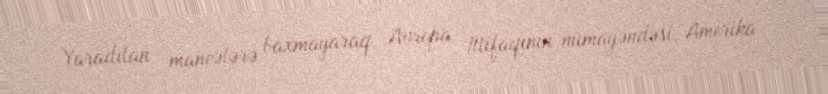
Yaradılan maneələrə baxmayaraq, Avropa İttifaqının nümayəndəsi, Amerika